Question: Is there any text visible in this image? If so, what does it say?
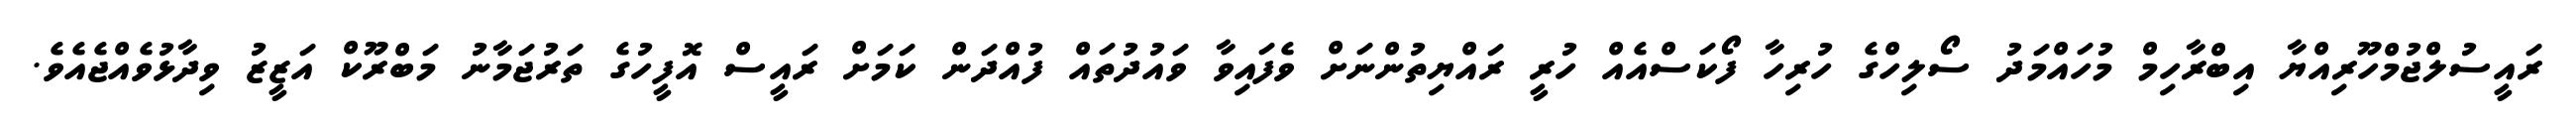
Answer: ރައީސުލްޖުމްހޫރިއްޔާ އިބްރާހިމް މުހައްމަދު ސޯލިހްގެ ހުރިހާ ފޯކަސްއެއް ހުރީ ރައްޔިތުންނަށް ވެފައިވާ ވައުދުތައް ފުއްދަން ކަމަށް ރައީސް އޮފީހުގެ ތަރުޖަމާނު މަބްރޫކް އަޒީޒު ވިދާޅުވެއްޖެއެވެ.